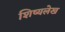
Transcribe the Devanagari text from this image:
शिष्यलेख